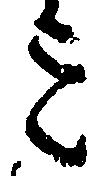
ミ